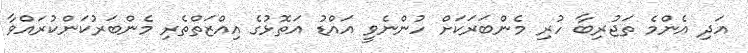
އަދި އެންމެ ތަޖުރިބާ ހުރި މެންބަރަކަށް ހުންނެވީ އައްޑު އަތޮޅުގެ އިއްޒަތްތެރި މެންބަރުކަންކުރައްވާ